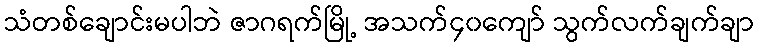
သံတစ်ချောင်းမပါဘဲ ဇာဂရက်မြို့ အသက်၄၀ကျော် သွက်လက်ချက်ချာ